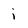
Character: i